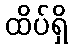
ထိပ်ရှိ